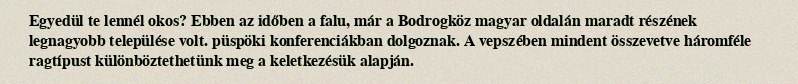
Egyedül te lennél okos? Ebben az időben a falu, már a Bodrogköz magyar oldalán maradt részének legnagyobb települése volt. püspöki konferenciákban dolgoznak. A vepszében mindent összevetve háromféle ragtípust különböztethetünk meg a keletkezésük alapján.